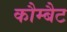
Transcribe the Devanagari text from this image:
कौम्बैट